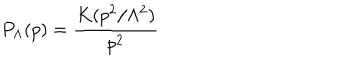
P _ { \Lambda } ( p ) = \frac { K ( p ^ { 2 } / \Lambda ^ { 2 } ) } { p ^ { 2 } }